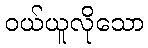
ဝယ်ယူလိုသော